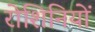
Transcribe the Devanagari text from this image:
रोशिनियों